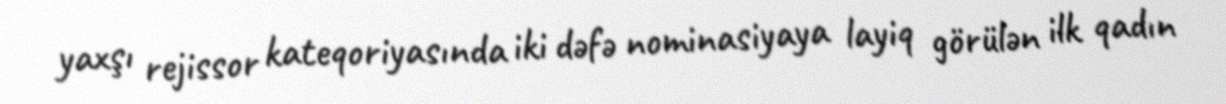
yaxşı rejissor kateqoriyasında iki dəfə nominasiyaya layiq görülən ilk qadın